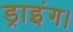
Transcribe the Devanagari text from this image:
ड्राइंग।